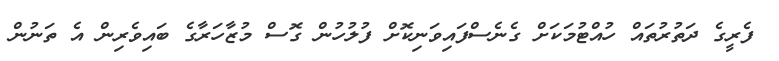
ފެރީގެ ދަތުރުތައް ހުއްޓުމަކަށް ގެނެސްފައިވަނިކޮށް ފުލުހުން ގޮސް މުޒާހަރާގެ ބައިވެރިން އެ ތަނުން